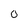
Character: 0